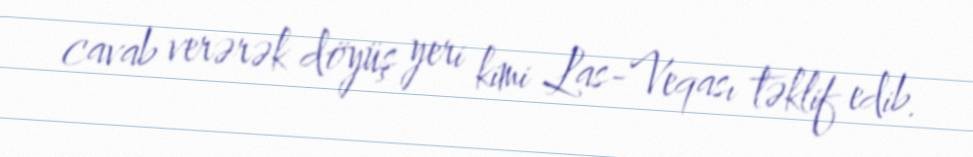
cavab verərək döyüş yeri kimi Las-Veqası təklif edib.